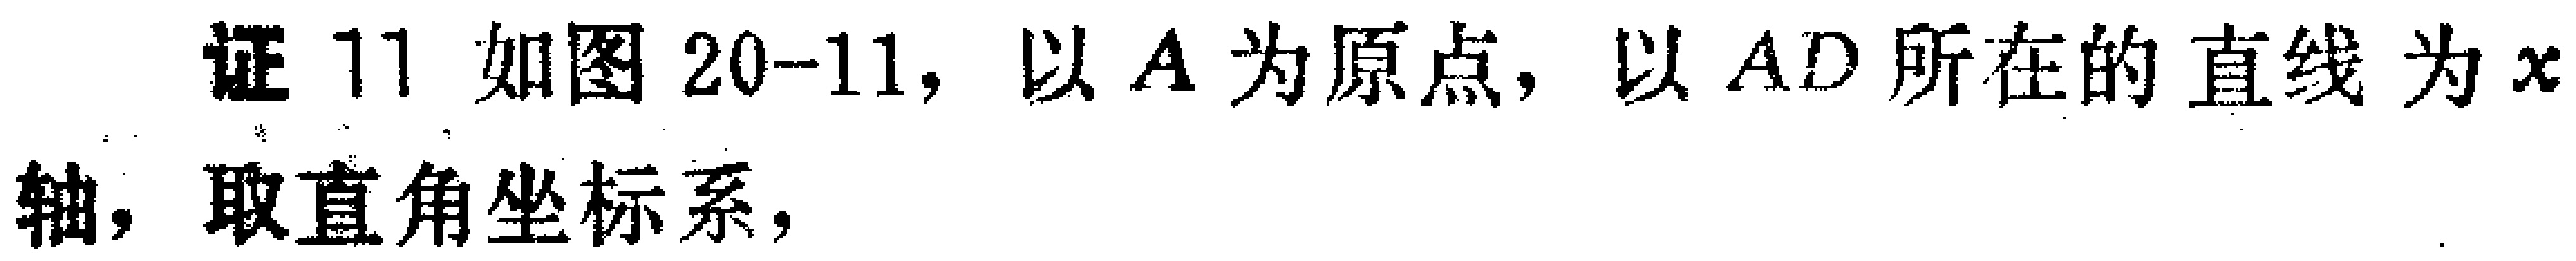
证11 如图20-11, 以\(A\)为原点, 以\(AD\)所在的直线为\(x\)轴, 取直角坐标系,